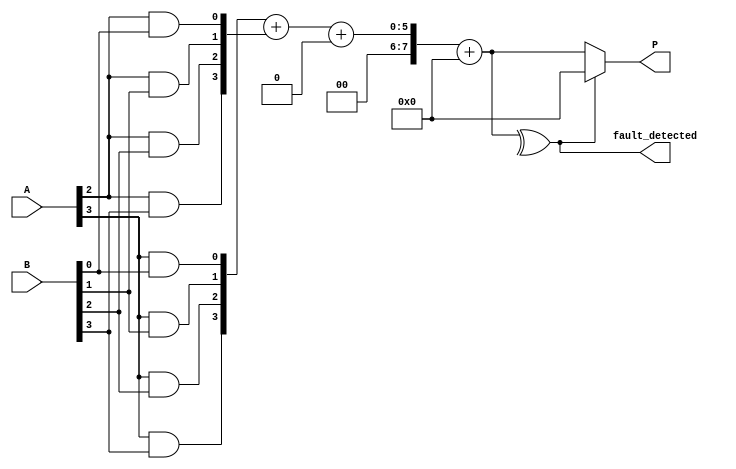
module Fault_Tolerant_Wallace_Tree_Multiplier #(parameter N = 4) (
    input [N-1:0] A,
    input [N-1:0] B,
    output reg [2*N-1:0] P,
    output reg fault_detected
);

// Generate Partial Products
wire [N-1:0] pp [0:N-1]; // Partial products
genvar i, j;
generate
    for (i = 0; i < N; i = i + 1) begin : pp_gen
        for (j = 0; j < N; j = j + 1) begin : pp_and
            assign pp[i][j] = A[i] & B[j];
        end
    end
endgenerate

// Wallace Tree Reduction
wire [2*N-1:0] sum [0:N-1]; // Sums of partial products
wire [2*N-1:0] carry [0:N-1]; // Carry bits
wire [N-1:0] final_sum [0:N-1]; // Final sums

// Initial stage of reduction
assign sum[0] = {1'b0, pp[0]};
assign carry[0] = {1'b0, 1'b0};

// Wallace tree reduction logic
generate
    for (i = 0; i < N-1; i = i + 1) begin : reduction
        assign {carry[i+1], sum[i+1]} = pp[i+1] + pp[i] + carry[i];
    end
endgenerate

// Final addition stage
wire [2*N-1:0] final_result;
assign final_result = sum[N-1] + carry[N-1];

// Error Detection Logic (Simple Parity Check)
always @(final_result) begin
    fault_detected = ^final_result; // Simple parity check for fault detection
end

// Output Stage
always @(*) begin
    if (fault_detected) begin
        P = 0; // Output zero if fault detected (can be modified to switch to redundant path)
    end else begin
        P = final_result; // Valid product
    end
end

endmodule